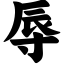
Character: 辱